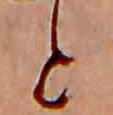
と